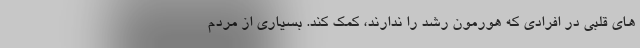
های قلبی در افرادی که هورمون رشد را ندارند، کمک کند. بسیاری از مردم